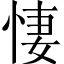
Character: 悽